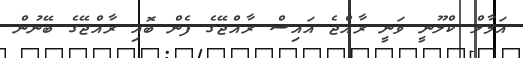
އަމާލް ކްލޫނީ ވަނީ ރާއްޖެ އައިސް ރާއްޖޭގެ ފެން ބޮއި ރާއްޖޭގެ ބޭނުން